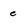
Character: e